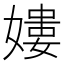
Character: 𡡎